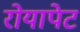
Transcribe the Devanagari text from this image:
रोयापेट